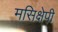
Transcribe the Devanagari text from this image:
मसिक्षेपी